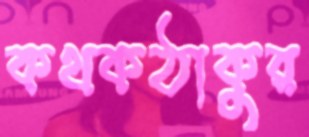
কথকঠাকুর